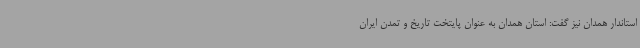
استاندار همدان نیز گفت: استان همدان به عنوان پایتخت تاریخ و تمدن ایران